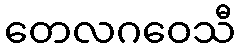
တေလဂဝေသီ